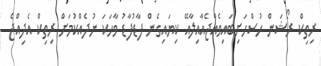
ރިތިކް ރޯޝަން ހުސްހަށިބައިވެއްޖެއާއިލާއޭ ކިޔައިގެން ފާޑުފާޑު ވާހަކަ ނުދެއްކުމަށް ރިތިކް އެދިއްޖެ